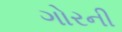
ગોરની